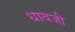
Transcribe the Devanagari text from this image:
धावजी